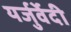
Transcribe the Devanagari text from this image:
यर्जुर्वेेदी